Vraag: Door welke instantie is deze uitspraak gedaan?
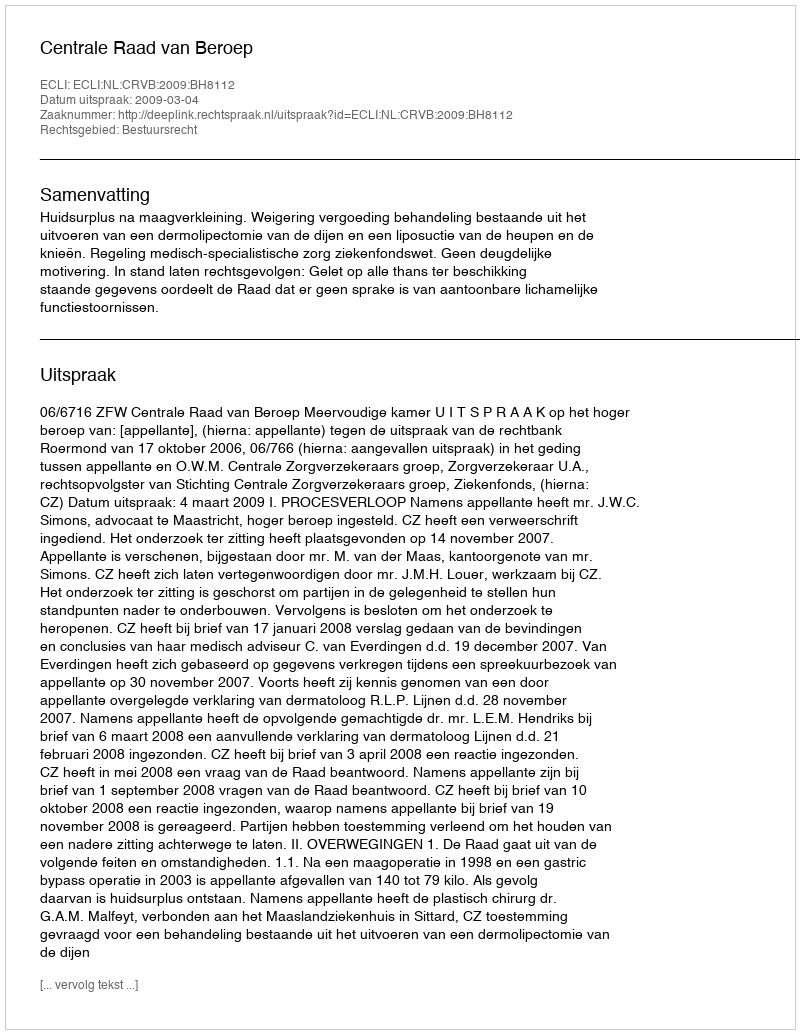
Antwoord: Centrale Raad van Beroep